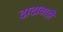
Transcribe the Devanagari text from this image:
दादाबाड़ी